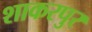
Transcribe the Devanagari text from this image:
शाकरपुर